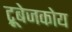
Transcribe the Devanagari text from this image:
ट्रूबेजकोय